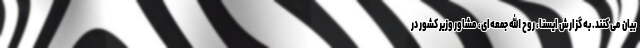
بیان می کنند. به گزارش ایسنا، روح الله جمعه‌ای، مشاور وزیر کشور در